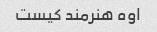
اوه هنرمند کیست